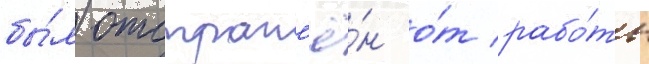
бы́л отстран'ё́н о́т рабо́ты